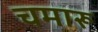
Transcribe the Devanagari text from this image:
चमारू